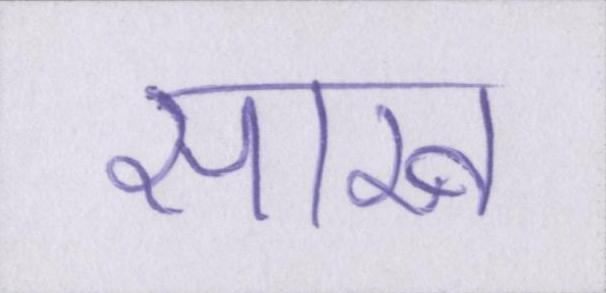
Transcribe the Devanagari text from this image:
साख